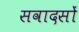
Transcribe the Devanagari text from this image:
सवादसों